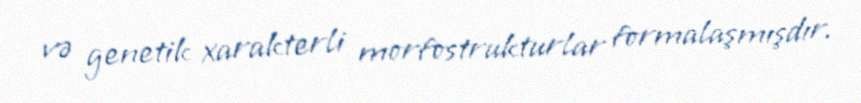
və genetik xarakterli morfostrukturlar formalaşmışdır.